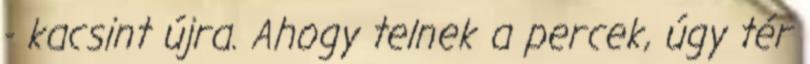
- kacsint újra. Ahogy telnek a percek, úgy tér